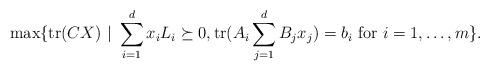
LaTeX: \begin{align*}\max \{\mathrm{tr}(CX) ~ | ~ \sum_{i=1}^d x_iL_i \succeq 0, \mathrm{tr}(A_i \sum_{j=1}^d B_jx_j)=b_i \textrm{ for } i = 1, \dots, m\}.\end{align*}